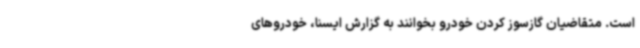
است. متقاضیان گازسوز کردن خودرو بخوانند به گزارش ایسنا، خودروهای